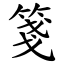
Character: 箋